Report on the working of the Ranchi Indian Mental Hospital, Kanke, in Bihar and Orissa - 1930-1940
Year: 1930
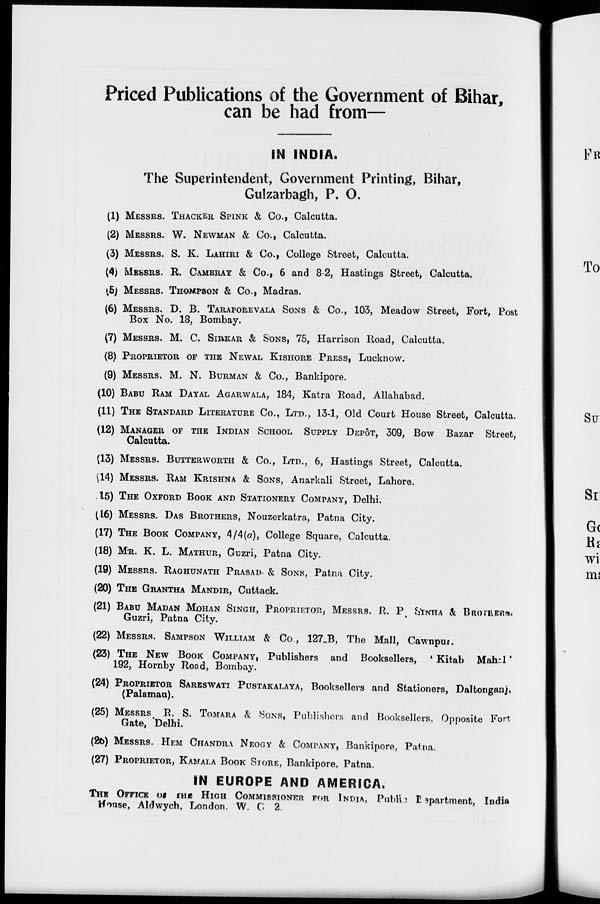
Priced Publications of the Government of Bihar,
can be had from—
IN INDIA.
The Superintendent, Government Printing, Bihar,
Gulzarbagh, P. O.
(1) MESSRS. THACKER SPINK & Co., Calcutta.
(2) MESSRS. W. NEWMAN & Co., Calcutta.
(3) MESSRS. S. K. LAHIRI & Co., College Street, Calcutta.
(4) MESSRS. R. CAMBRAY & Co., 6 and 8-2, Hastings Street, Calcutta.
(5) MESSRS. THOMPSON & Co., Madras.
(6) MESSRS. D. B. TARAPOREVALA SONS & Co., 103, Meadow Street, Fort, Post
Box No. 18, Bombay.
(7) MESSRS. M. C. SIRKAR & SONS, 75, Harrison Road, Calcutta.
(8) PROPRIETOR OF THE NEWAL KISHORE PRESS, Lucknow.
(9) MESSRS. M. N. BURMAN & Co., Bankipore.
(10) BABU RAM DAYAL AGARWALA, 184, Katra Road, Allahabad.
(11) THE STANDARD LITERATURE Co., LTD., 13-1, Old Court House Street, Calcutta.
(12) MANAGER OF THE INDIAN SCHOOL SUPPLY DEPÔT, 309, Bow Bazar Street,
Calcutta.
(13) MESSRS. BUTTERWORTH & Co., LTD., 6, Hastings Street, Calcutta.
(14) MESSRS. RAM KRISHNA & SONS, Anarkali Street, Lahore.
(15) THE OXFORD BOOK AND STATIONERY COMPANY, Delhi.
(16) MESSRS. DAS BROTHERS, Nouzerkatra, Patna City.
(17) THE BOOK COMPANY, 4/4(a), College Square, Calcutta.
(18) MR. K. L. MATHUR, Guzri, Patna City.
(19) MESSRS. RAGHUNATH PRASAD & SONS, Patna City.
(20) THE GRANTHA MANDIR, Cuttack.
(21) BABU MADAN MOHAN SINGH, PROPRIETOR, MESSRS. R. P. SINHA &, BROTHERS,
Guzri, Patna City.
(22) MESSRS. SAMPSON WILLIAM & Co., 127_B, The Mall, Cawnpur.
(23) THE NEW BOOK COMPANY, Publishers and Booksellers, 'Kitab Mahal'
192, Hornby Road, Bombay.
(24) PROPRIETOR SARESWATI PUSTAKALAYA, Booksellers and Stationers, Daltonganj,
(Palamau).
(25) MESSRS. R. S. TOMARA & SONS, Publishers and Booksellers, Opposite Fort
Gate, Delhi.
(26) MESSRS. HEM CHANDRA NEOGY & COMPANY, Bankipore, Patna.
(27) PROPRIETOR, KAMALA BOOK STORE, Bankipore, Patna.
IN EUROPE AND AMERICA.
THE OFFICE OF THE HIGH COMMISSIONER FOR INDIA, Public Department, India
House, Aldwych, London. W. C. 2.